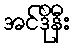
အင်ဒိုနီး